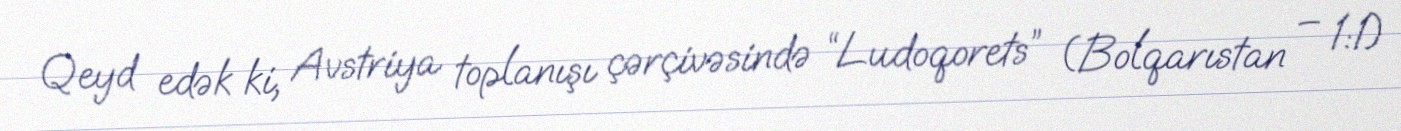
Qeyd edək ki, Avstriya toplanışı çərçivəsində “Ludoqorets” (Bolqarıstan – 1:1)